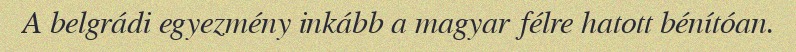
A belgrádi egyezmény inkább a magyar félre hatott bénítóan.